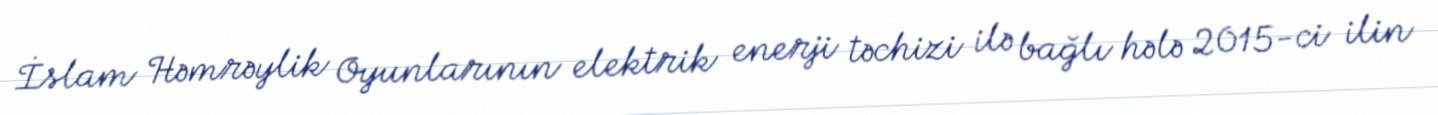
İslam Həmrəylik Oyunlarının elektrik enerji təchizi ilə bağlı hələ 2015-ci ilin